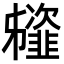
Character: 䪢